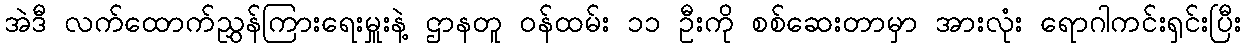
အဲဒီ လက်ထောက်ညွှန်ကြားရေးမှူးနဲ့ ဌာနတူ ဝန်ထမ်း ၁၁ ဦးကို စစ်ဆေးတာမှာ အားလုံး ရောဂါကင်းရှင်းပြီး